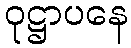
ဝုဋ္ဌာပနေ